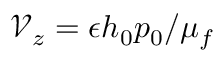
\mathcal { V } _ { z } = { \epsilon h _ { 0 } p _ { 0 } } / { \mu _ { f } }